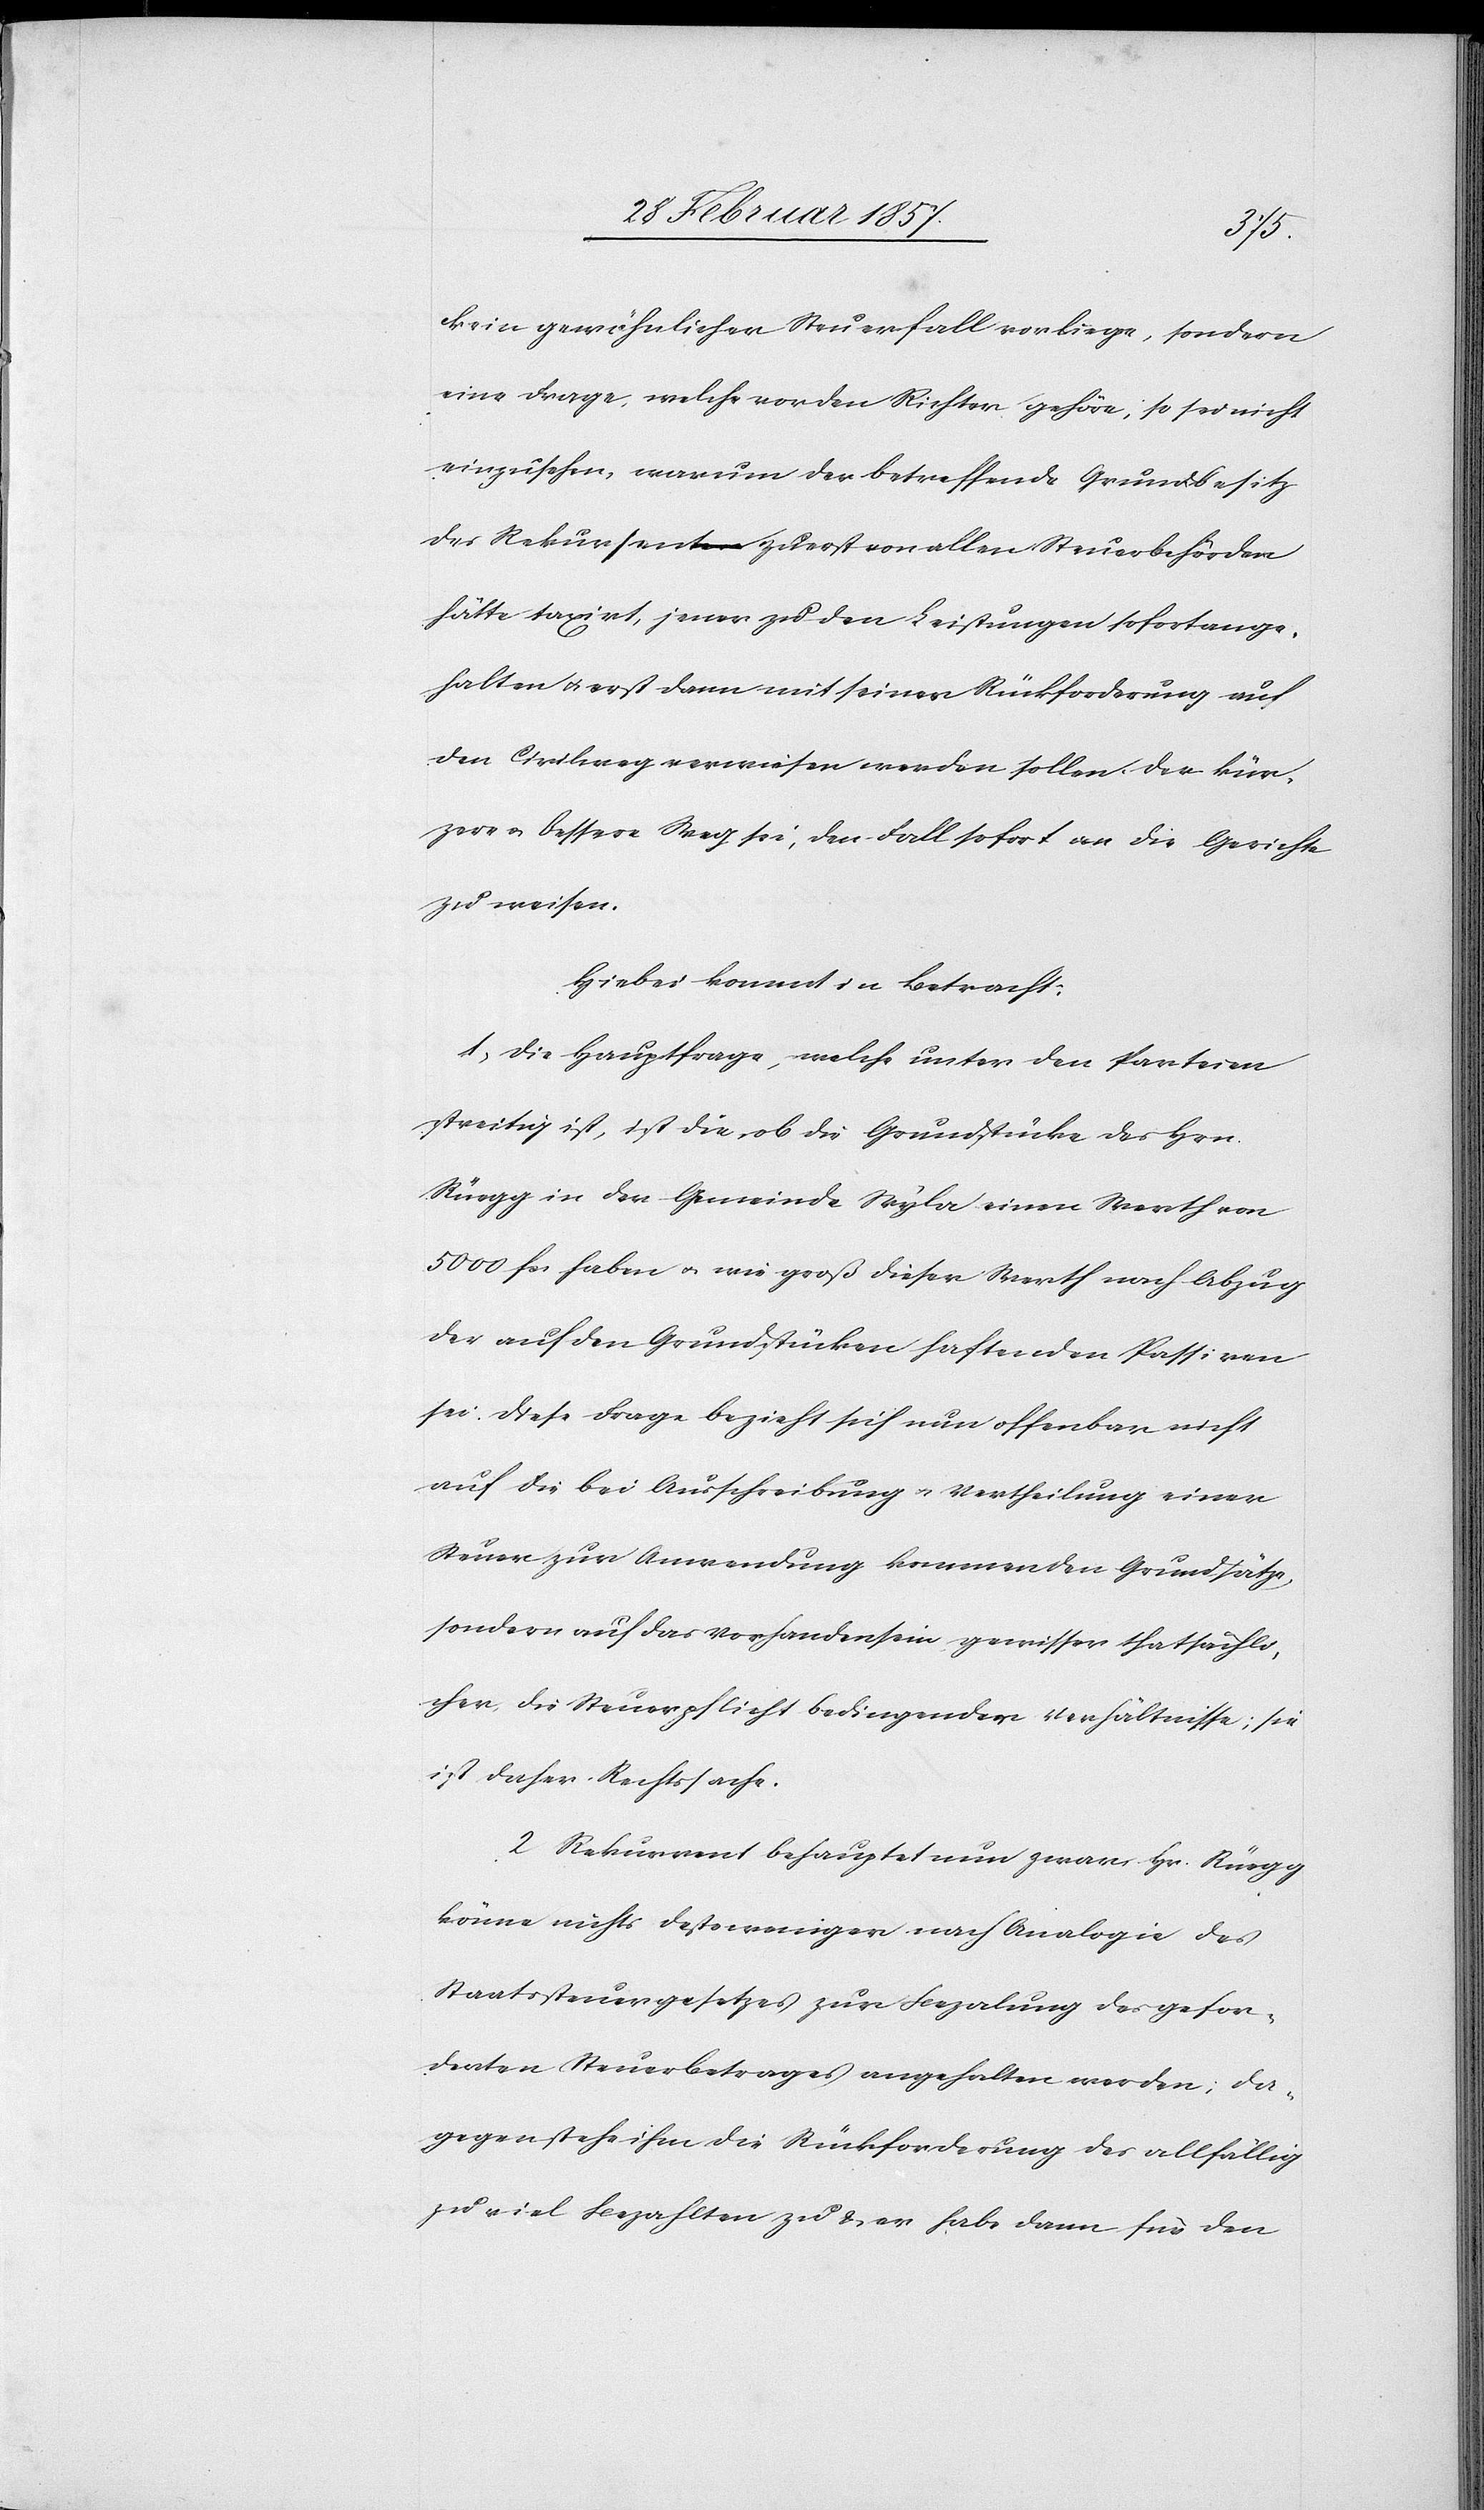
kein gewöhnlicher Steuerfall vorliege, sondern
eine Frage, welche vor den Richter gehöre, so sei nicht
einzusehen, warum der betreffende Grundbesitz
des Rekursen zuerst von allen Steuerbehörden
hätte taxirt, jener zu den Leistungen sofort ange¬
halten u. erst dann mit seiner Rückforderung auf
den Civilweg verwiesen werden sollen. Der kür¬
zere u. bessere Weg sei, den Fall sofort an die Gerichte
zu weisen.
Hiebei kommt in Betracht:
1. Die Hauptfrage, welche unter den Parteien
streitig ist, ist die, ob die Grundstücke des Hrn.
Rüegg in der Gemeinde Wyla einen Werth von
5000 fr. haben u. wie groß dieser Werth nach Abzug
der auf den Grundstücken haftenden Passiven
sei. Diese Frage bezieht sich nun offenbar nicht
auf die bei Ausschreibung u. Vertheilung einer
Steuer zur Anwendung kommenden Grundsätze,
sondern auf das Vorhandensein gewisser thatsächli¬
cher die Steuerpflicht bedingender Verhältnisse; sie
ist daher Rechtssache.
2 Rekurrent behauptet nun zwar Hr. Rüegg
könne nichts destoweniger nach Analogie des
Staatssteuergesetzes zur Bezalung des gefor¬
derten Steuerbetrages angehalten werden; Da¬
gegen stehe ihm die Rückforderung des allfällig
zu viel Bezahlten zu u. er habe dann für den